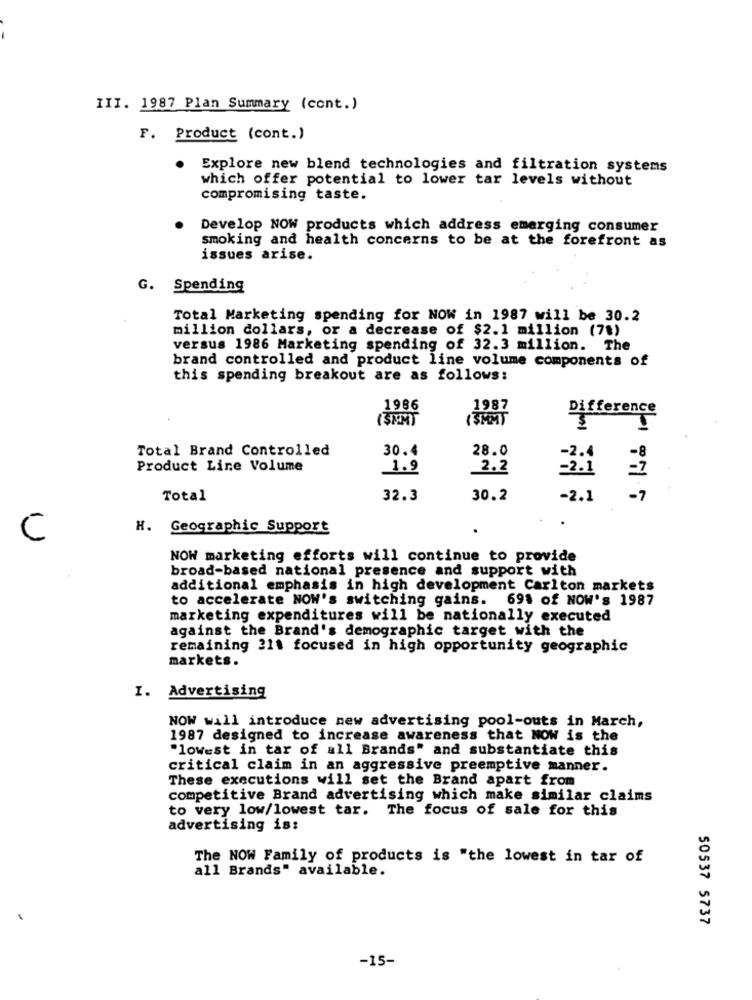
III. 1987 Plan Summary (cont.)
F. Product (cont.)
Explore new blend technologies and filtration systems
which offer potential to lower tar levels without
compromising taste.
Develop NOW products which address emerging consumer
smoking and health concerns to be at the forefront as
issues arise.
G. Spending
Total Marketing spending for NOW in 1987 will be 30.2
million dollars, or a decrease of $2.1 million (7%)
versus 1986 Marketing spending of 32.3 million. The
brand controlled and product line volume components of
this spending breakout are as follows:
1986
1987
(SEM)
(3MM)
Difference
$
Total Brand Controlled
30.4
28.0
-8
Product Line Volume
1.9
2.2
-2.1
- 7
Total
32.3
30.2
-2.1
H. Geographic Support
C
NOW marketing efforts will continue to provide
broad-based national presence and support with
additional emphasis in high development Carlton markets
to accelerate NOW's switching gains. 691 of NOW's 1987
marketing expenditures will be nationally executed
against the Brand's demographic target with the
remaining 211 focused in high opportunity geographic
markets.
I. Advertising
NOW will introduce new advertising pool-outs in March,
1987 designed to increase awareness that NOW is the
"lowest in tar of all Brands" and substantiate this
critical claim in an aggressive preemptive manner.
These executions will set the Brand apart from
competitive Brand advertising which make similar claims
to very low/lowest tar.
The focus of sale for this
advertising is:
The NOW Family of products is "the lowest in tar of
all Brands" available.
50537 5737
-15-